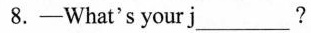
8.-What's your j___?